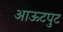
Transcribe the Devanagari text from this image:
आऊटपुट